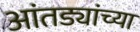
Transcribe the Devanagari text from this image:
आंतड्यांच्या